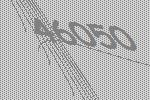
46050